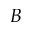
B